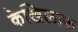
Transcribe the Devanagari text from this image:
केखिलाफ